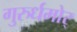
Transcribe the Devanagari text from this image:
गुरुर्धमोर्